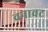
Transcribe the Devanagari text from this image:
वनावट